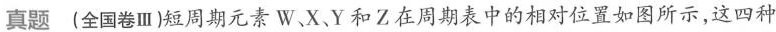
真题(全国卷Ⅲ)短周期元素W、X、Y和Z在周期表中的相对位置如图所示，这四种